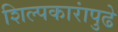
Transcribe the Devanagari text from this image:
शिल्पकारांपुढे